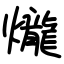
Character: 爖